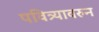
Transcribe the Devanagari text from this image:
पवित्र्यावरुन